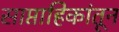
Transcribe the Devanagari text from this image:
साप्ताहिकांतून